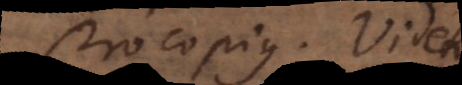
Procopius. Videtur